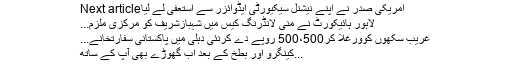
Next articleامریکی صدر نے اپنے نیشنل سیکیورٹی ایڈوائزر سے استعفیٰ لے لیا
لاہور ہائیکورٹ نے منی لانڈرنگ کیس میں شہبازشریف کو مرکزی ملزم...
غریب سکھوں کوورغلا کر500،500 روپے دے کرنئی دہلی میں پاکستانی سفارتخانے...
کینگرو اور بطخ کے بعد اب گھوڑے بھی آپ کے ساتھ...